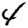
Digit: 4